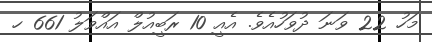
މަހު 22 ވަނަ ދުވަހުއެވެ. އެއީ 10 ރަބީއުލް އައްވަލު 661 ހ